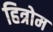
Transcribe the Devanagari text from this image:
हित्रोम